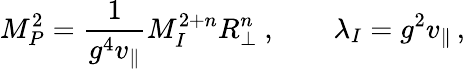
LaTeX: M_{P}^{2}=\frac{1}{g^{4}v_{\parallel}}M_{I}^{2+n}R_{\perp}^{n}\ ,\qquad\lambda_{I}=g^{2}v_{\parallel}\, ,